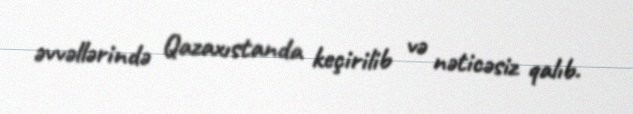
əvvəllərində Qazaxıstanda keçirilib və nəticəsiz qalıb.